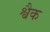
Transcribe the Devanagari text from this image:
श्वैक